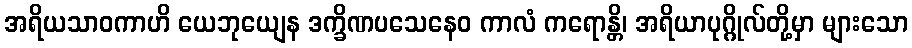
အရိယသာဝကာဟိ ယေဘုယျေန ဒက္ခိဏပသေနေဝ ကာလံ ကရောန္တိ၊ အရိယာပုဂ္ဂိုလ်တို့မှာ များသော